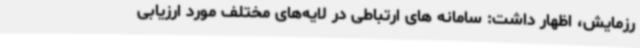
رزمایش، اظهار داشت: سامانه های ارتباطی در لایه‌های مختلف مورد ارزیابی